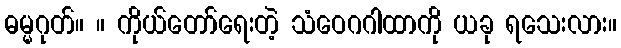
ဓမ္မဂုတ်။ ။ ကိုယ်တော်ရေးတဲ့ သံဝေဂဂါထာကို ယခု ရသေးလား။